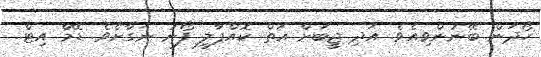
ހޯދަން ބޭނުންވިއެވެ. އަދި ޖީބަށް އަތް ކޮއްޕާލީ ފޯނު ނަގާށެވެ. ޑޭމް އިޓް..